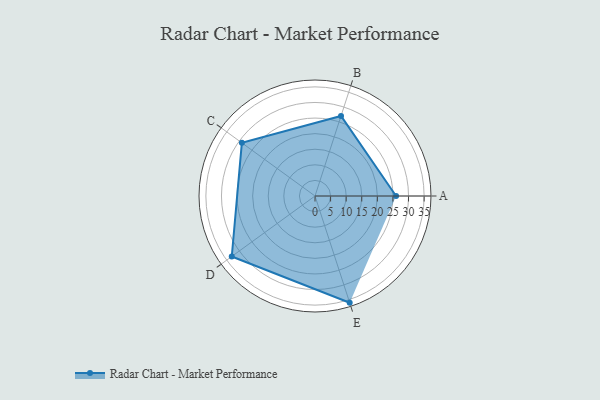
{"axis": {"x": "Skill", "y": "Score"}, "legend": ["Profile"], "data": [{"x": "A", "y": 26.0, "type": "Profile"}, {"x": "B", "y": 27.0, "type": "Profile"}, {"x": "C", "y": 29.0, "type": "Profile"}, {"x": "D", "y": 33.0, "type": "Profile"}, {"x": "E", "y": 36.0, "type": "Profile"}]}